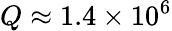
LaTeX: Q\approx 1.4\times 10^{6}